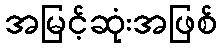
အမြင့်ဆုံးအဖြစ်